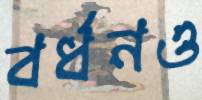
বর্ধনও